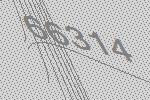
66314